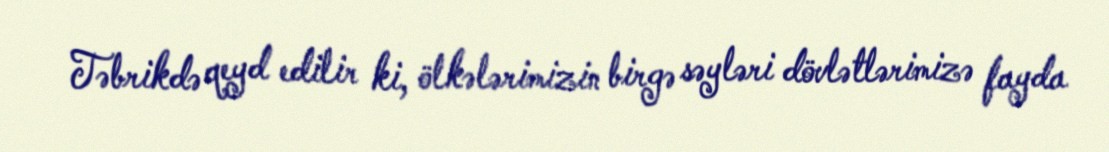
Təbrikdə qeyd edilir ki, ölkələrimizin birgə səyləri dövlətlərimizə fayda